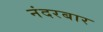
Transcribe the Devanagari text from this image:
नंदरबार